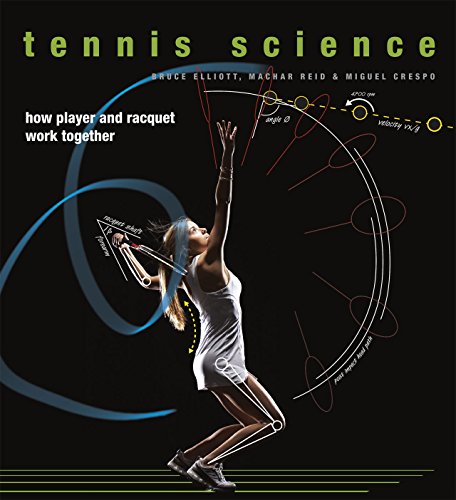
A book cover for Tennis Science: How Player and Racquet Work Together; Bruce Elliott; Sports & Outdoors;